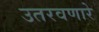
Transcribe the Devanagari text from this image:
उतरवणारे